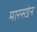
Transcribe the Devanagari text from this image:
मारसडेन